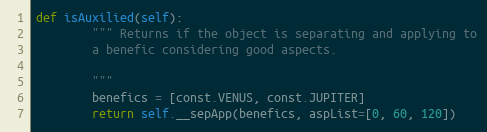
Language: Python
def isAuxilied(self):
        """ Returns if the object is separating and applying to
        a benefic considering good aspects.

        """
        benefics = [const.VENUS, const.JUPITER]
        return self.__sepApp(benefics, aspList=[0, 60, 120])